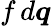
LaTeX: f\, d\boldsymbol{q}